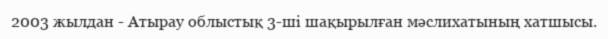
2003 жылдан - Атырау облыстық 3-ші шақырылған мәслихатының хатшысы.